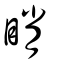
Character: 睄